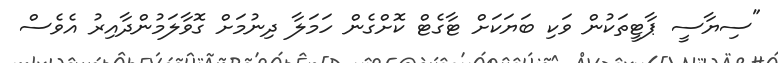
"ސިޔާސީ ޕާޓީތަކުން ވަކި ބަޔަކަށް ޓާގެޓް ކޮށްގެން ހަމަލާ ދިނުމަށް ގޮވާލަމުންދާއިރު އެވެސް